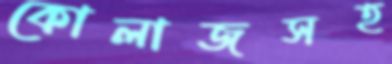
কোলাজসহ